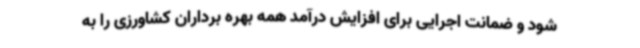
شود و ضمانت اجرایی برای افزایش درآمد همه بهره برداران کشاورزی را به